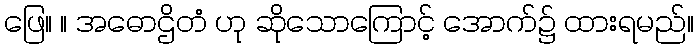
ဖြေ။ ။ အဓောဌိတံ ဟု ဆိုသောကြောင့် အောက်၌ ထားရမည်။